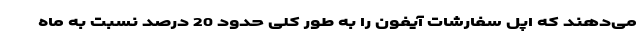
می‌دهند که اپل سفارشات آیفون را به طور کلی حدود 20 درصد نسبت به ماه